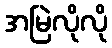
အမြဲလိုလို